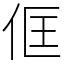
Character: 㑌